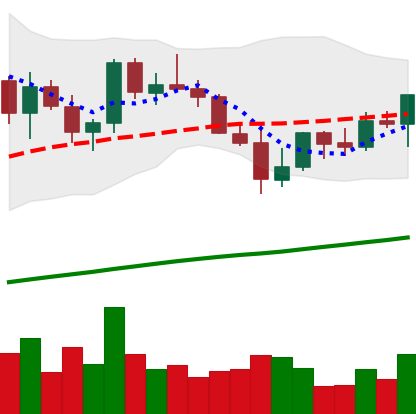
Ticker: LINK-USD
Chart end date: 2021-03-31
Forward return: 10.376%
Label: up_7plus